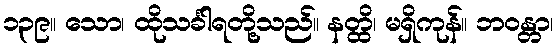
၁၃၉။ သော၊ ထိုသင်္ခါရတို့သည်။ နတ္ထိ၊ မရှိကုန်။ ဘဝန္တာ၊